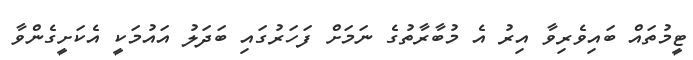
ޓީމުތައް ބައިވެރިވާ އިރު އެ މުބާރާތުގެ ނަމަށް ފަހަރުގައި ބަދަލު އައުމަކީ އެކަށީގެންވާ